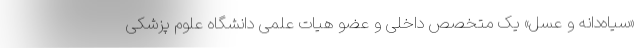
«سیاه‌دانه و عسل» یک متخصص داخلی و عضو هیات علمی دانشگاه علوم پزشکی